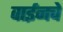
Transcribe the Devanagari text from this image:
वाईनचे